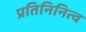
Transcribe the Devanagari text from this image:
प्रतिनिनित्व